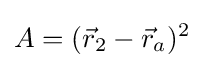
A=({\vec {r}}_{2}-{\vec {r}}_{a})^{2}